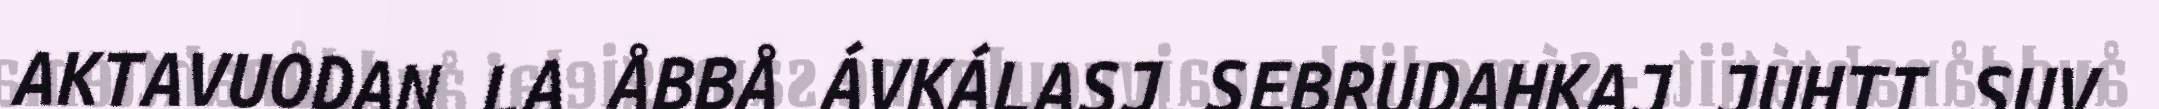
AKTAVUODAN LA ÅBBÅ ÁVKÁLASJ SEBRUDAHKAJ JUHTI SUV